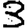
Digit: 3